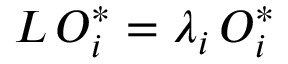
{ \cal L \, O } _ { i } ^ { * } = \lambda _ { i } { \cal \, O } _ { i } ^ { * }